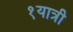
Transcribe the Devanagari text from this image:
१यात्री